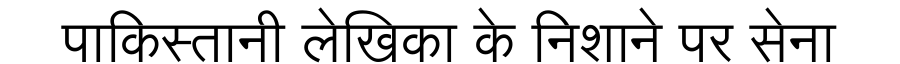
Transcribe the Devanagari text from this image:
पाकिस्तानी लेखिका के निशाने पर सेना